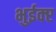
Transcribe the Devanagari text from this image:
भुईक्प्ट